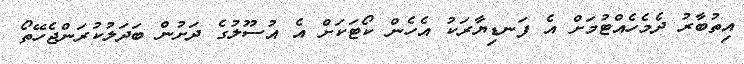
އިތުބާރު ދެމެހެއްޓުމަށް އެ ފަނޑިޔާރަކު އެހެން ކޯޓަކަށް އެ އުސޫލުގެ ދަށުން ބަދަލުކުރަންޖެހޭތޯ